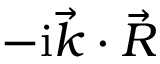
- \mathrm { i } \vec { k } \cdot \vec { R }